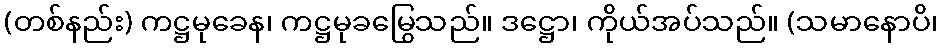
(တစ်နည်း) ကဋ္ဌမုခေန၊ ကဋ္ဌမုခမြွေသည်။ ဒဋ္ဌော၊ ကိုယ်အပ်သည်။ (သမာနောပိ၊